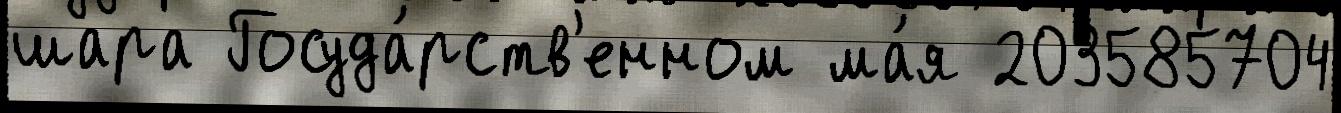
шара Госуда́рств'енном ма́я 203585704